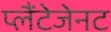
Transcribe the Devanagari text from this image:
प्लैंटेजेनट